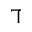
\daleth